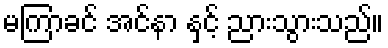
မကြာခင် အင်နာ နှင့် ညားသွားသည်။